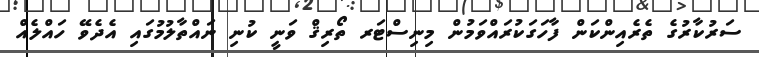
ސަރުކާރުގެ ތެރެއިންކަން ފާހަގަކުރައްވަމުން މިނިސްޓަރ ތޯރިޤް ވަނީ ކުނި ނައްތާލުމުގައި އެދެވޭ ހައްލެއް